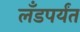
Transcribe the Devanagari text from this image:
लँडपर्यंत